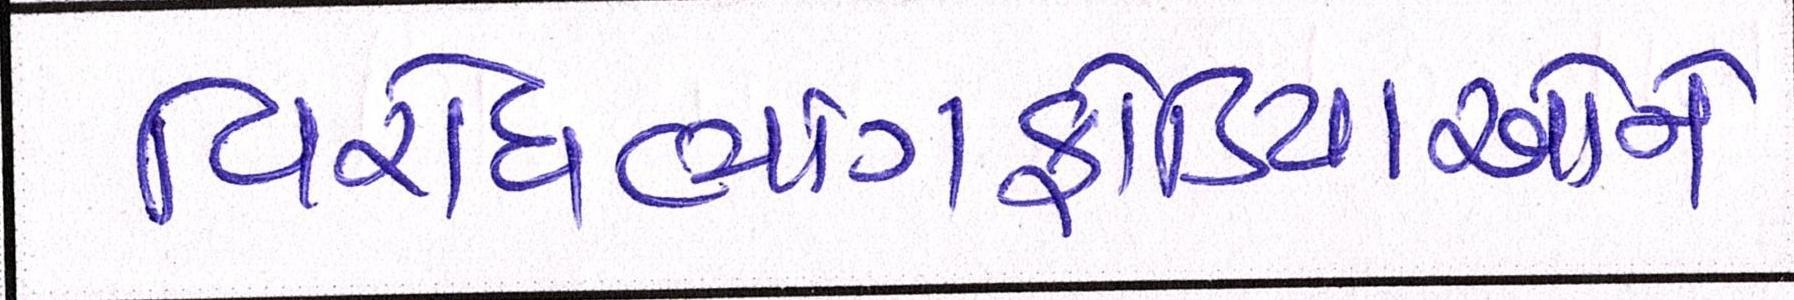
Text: વિરોધભાંગફોડિયાઓને